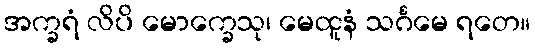
အက္ခရံ လိပိ မောက္ခေသု၊ မေထူနံ သင်္ဂမေ ရတေ။